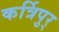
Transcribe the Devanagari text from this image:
कर्त्रिपुर्